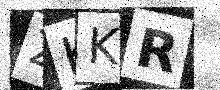
Text: ZKKR